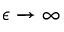
\epsilon \to \infty